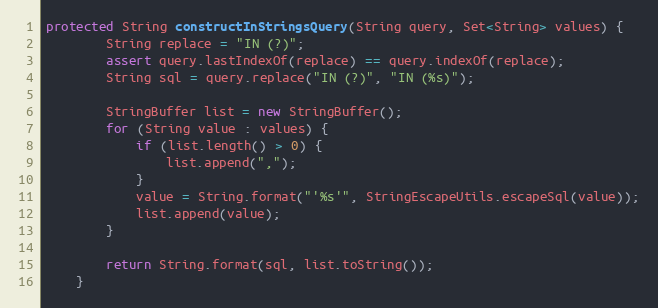
Language: Java
protected String constructInStringsQuery(String query, Set<String> values) {
        String replace = "IN (?)";
        assert query.lastIndexOf(replace) == query.indexOf(replace);
        String sql = query.replace("IN (?)", "IN (%s)");

        StringBuffer list = new StringBuffer();
        for (String value : values) {
            if (list.length() > 0) {
                list.append(",");
            }
            value = String.format("'%s'", StringEscapeUtils.escapeSql(value));
            list.append(value);
        }

        return String.format(sql, list.toString());
    }